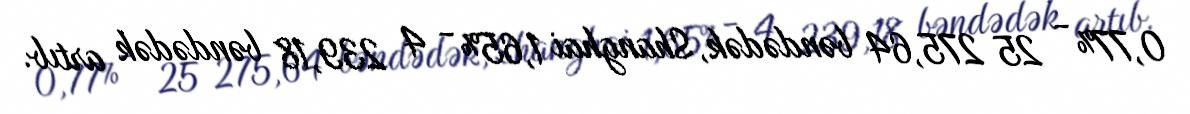
0,77% - 25 275,64 bəndədək, Shanghai 1,65% - 4 239,18 bəndədək artıb.